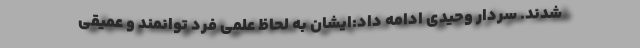
شدند. سردار وحیدی ادامه داد:ایشان به لحاظ علمی فرد توانمند و عمیقی